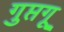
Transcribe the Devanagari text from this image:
गुप्तगू